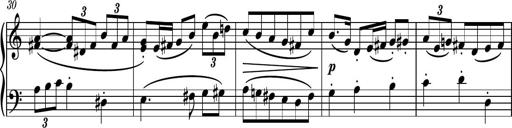
Title: Piano Sonatina II
Composer: Dimitri Sykias
Key: F major